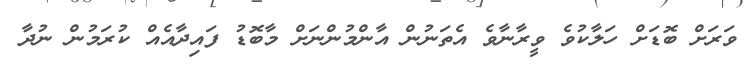
ވަރަށް ބޮޑަށް ހަލާކުވެ ވީރާނާވެ އެތަނުން އާންމުންނަށް މާބޮޑު ފައިދާއެއް ކުރަމުން ނުދާ